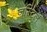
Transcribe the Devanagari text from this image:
जस्टिल